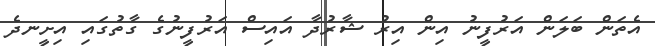
އެތަން ބަލަން އަރުފީނު އިން އިރު ޝާރުދާ އައިސް އަރުފީނުގެ ގާތުގައި އިށީނދެ